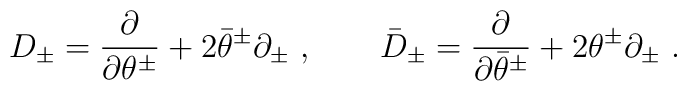
D_\pm  = \frac{\partial}{\partial \theta^\pm  }  + 2 \bar{\theta}^\pm  \partial_\pm \  , \qquad\bar{D}_\pm  = \frac{\partial}{\partial \bar{\theta}^\pm  }  + 2 {\theta}^\pm  \partial_\pm  \  .